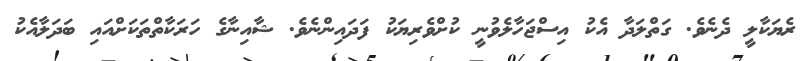
ރެޔަކާލީ ދެނެވެ. ގަތްލަދާ އެކު އިސްޖަހާލެވުނީ ކުށްވެރިޔަކު ފަދައިންނެވެ. ޝާއިނާގެ ހަރަކާތްތަކަށްއައި ބަދަލާއެކު